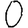
Digit: 0